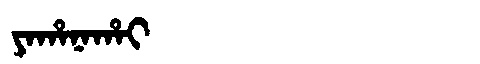
Manchu: ᠶᠠᡥᠠᠨᠠᡥᠠᡳ
Romanization: YAHANAHAI